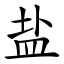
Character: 盐